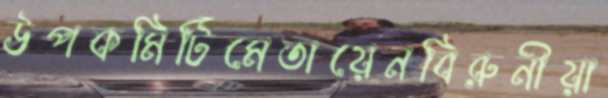
উপকমিটিমেতায়েনবিরুনীয়া